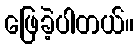
ဖြေခဲ့ပါတယ်။